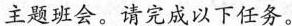
主题班会。请完成以下任务。